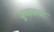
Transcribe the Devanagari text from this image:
कुजक्या